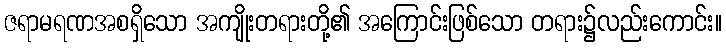
ဇရာမရဏအစရှိသော အကျိုးတရားတို့၏ အကြောင်းဖြစ်သော တရား၌လည်းကောင်း။